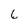
Character: 6